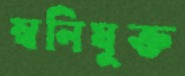
স্বনিযুক্ত